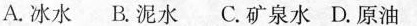
A.冰水 B.泥水 C.矿泉水 D.原油